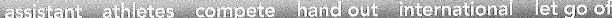
assistant athletes compete hand out international let go of